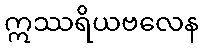
ဣဿရိယဗလေန